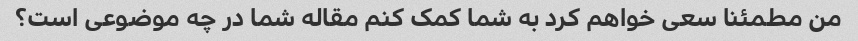
من مطمئنا سعی خواهم کرد به شما کمک کنم مقاله شما در چه موضوعی است؟